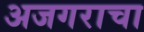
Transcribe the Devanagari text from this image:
अजगराचा